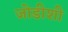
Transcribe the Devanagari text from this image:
जोडीशी